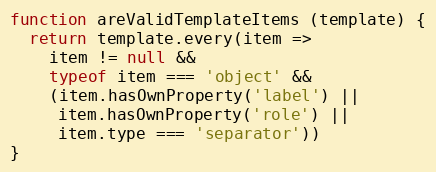
Language: JavaScript
function areValidTemplateItems (template) {
  return template.every(item =>
    item != null &&
    typeof item === 'object' &&
    (item.hasOwnProperty('label') ||
     item.hasOwnProperty('role') ||
     item.type === 'separator'))
}